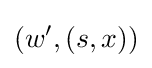
(w',(s,x))